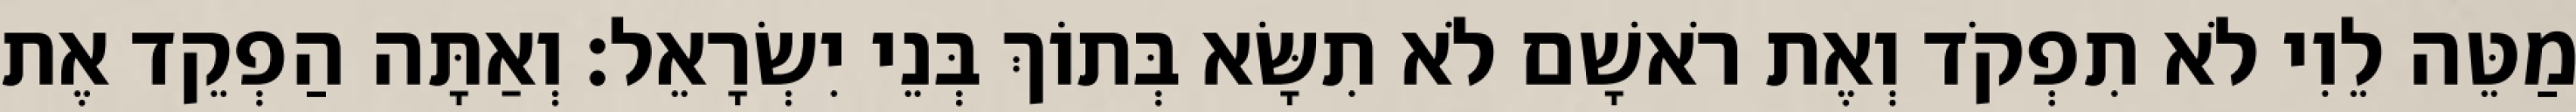
מַטֵּה לֵוִי לֹא תִפְקֹד וְאֶת רֹאשָׁם לֹא תִשָּׂא בְּתוֹךְ בְּנֵי יִשְׂרָאֵל׃ וְאַתָּה הַפְקֵד אֶת